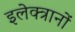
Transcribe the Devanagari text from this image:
इलेक्त्रानों